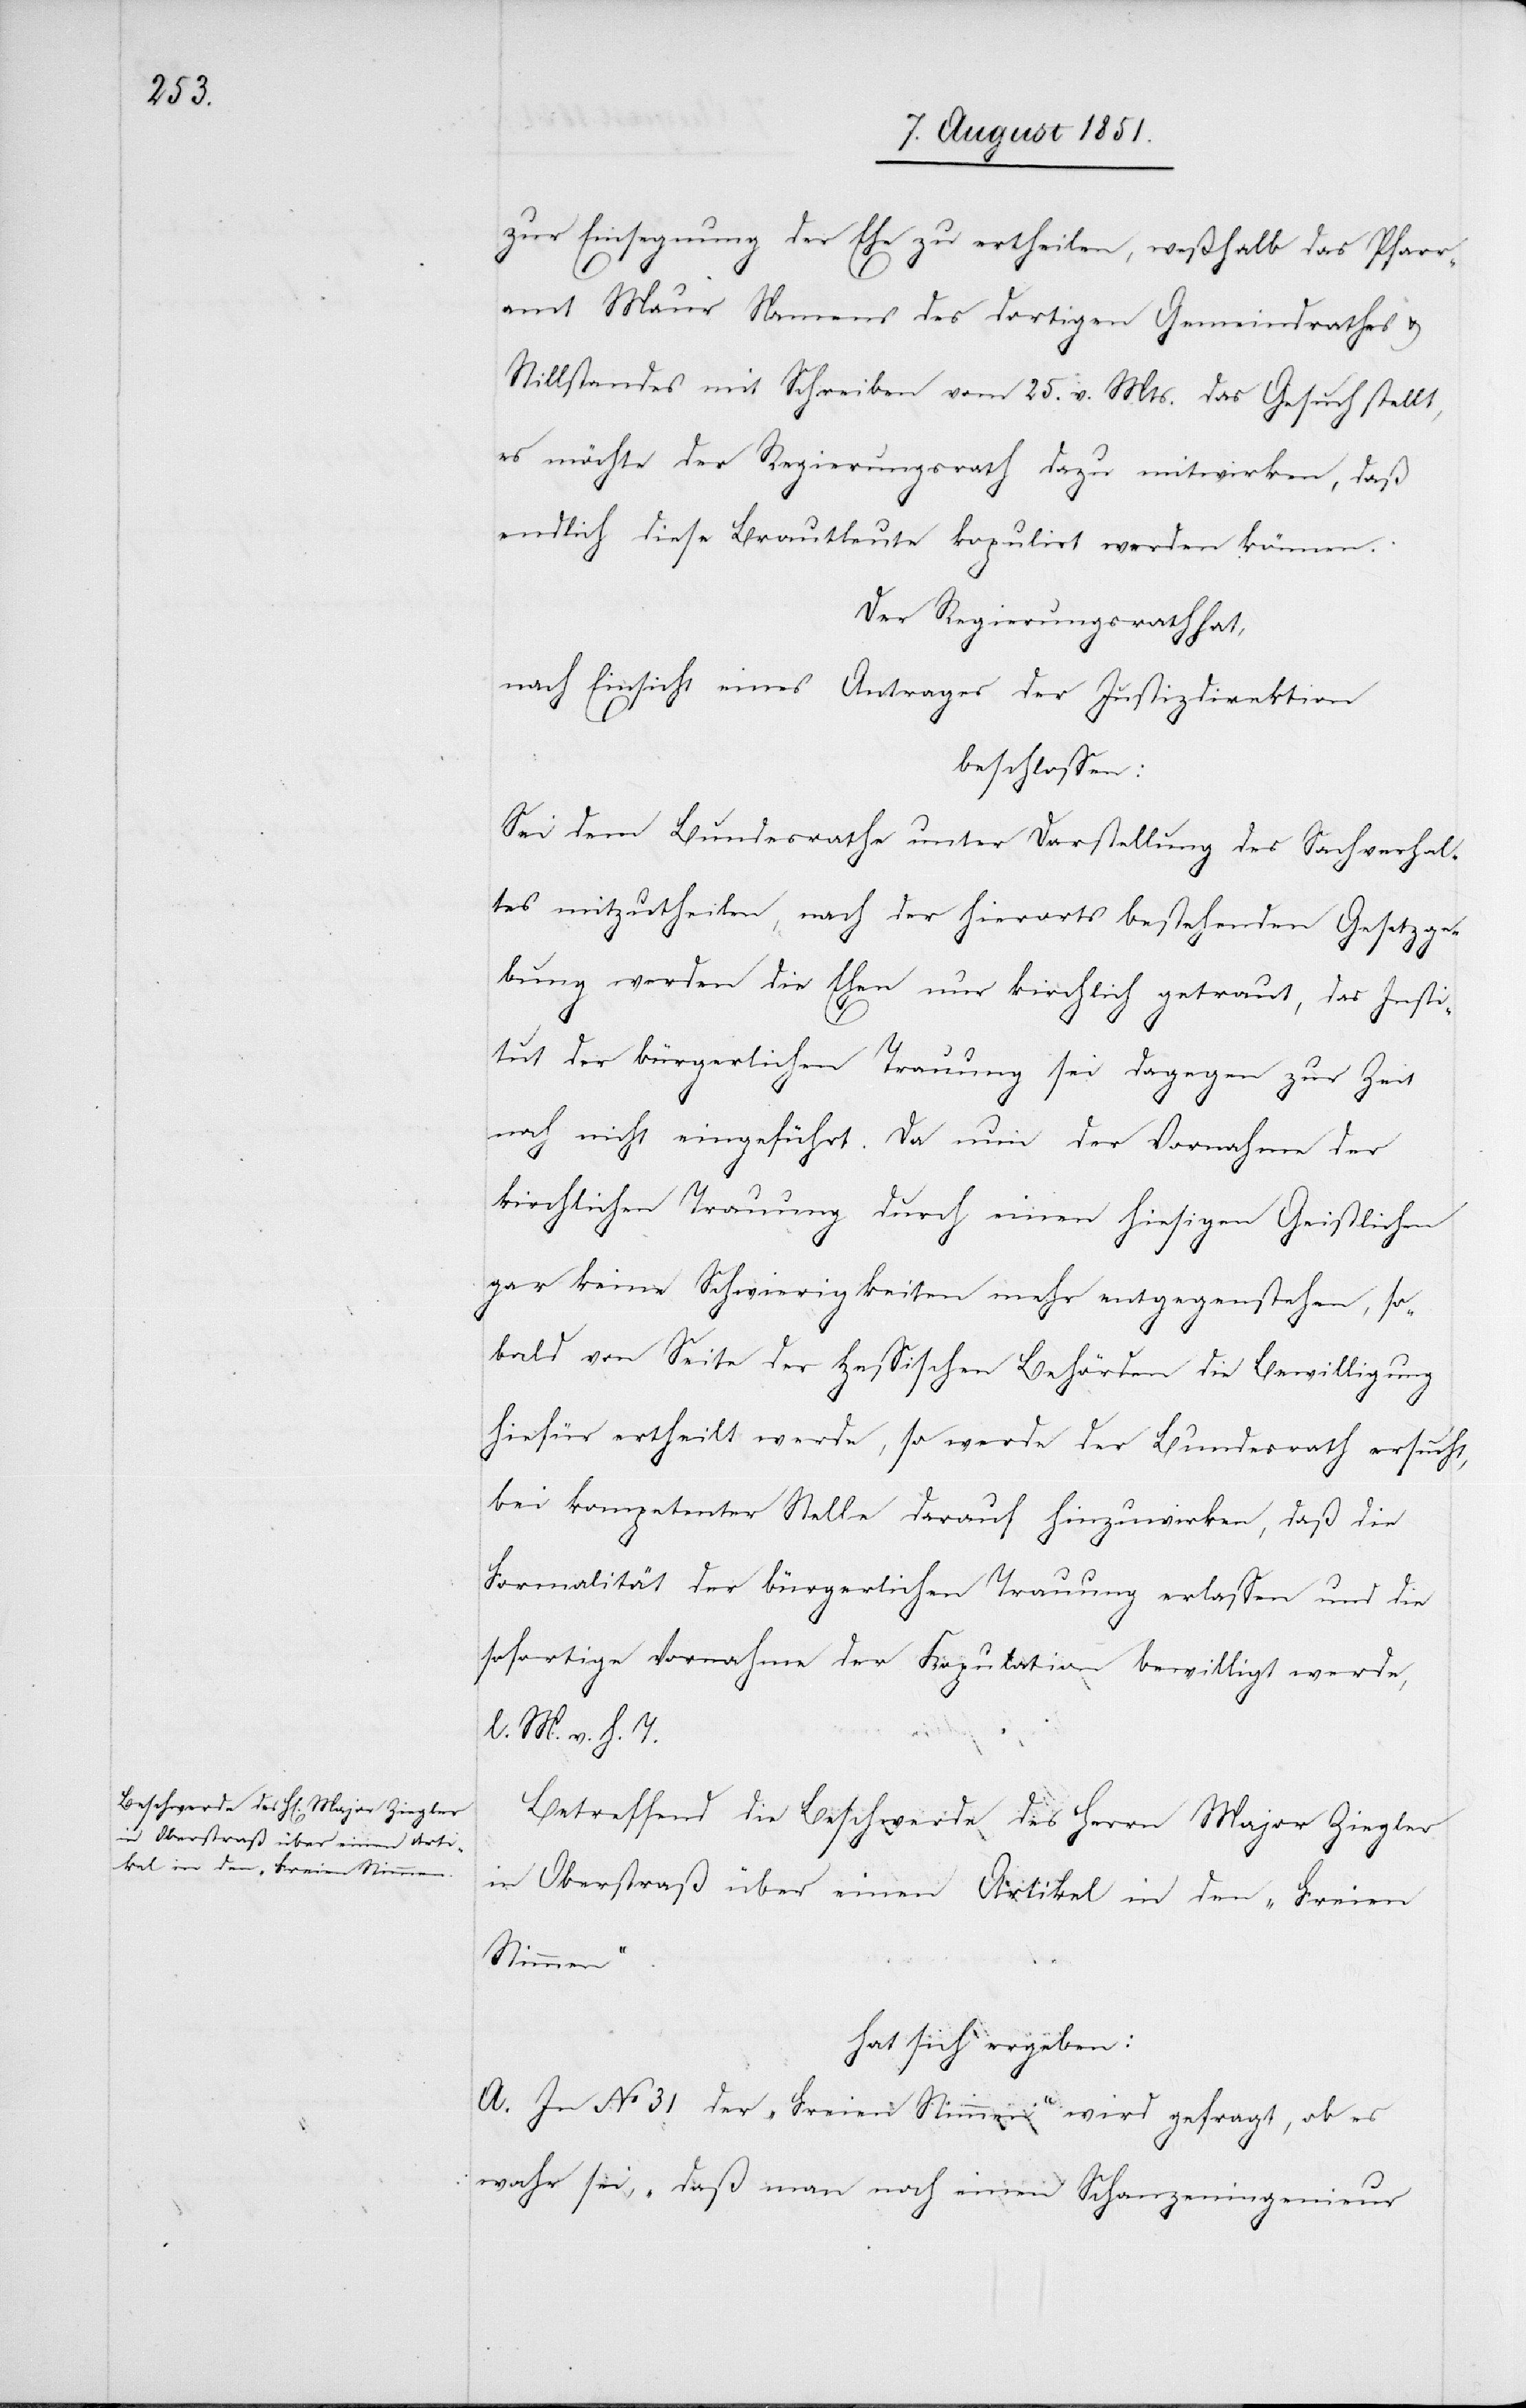
zur Einsegnung der Ehe zu ertheilen, weßhalb das Pfarr¬
amt Maur Namens des dortigen Gemeindrathes &
Stillstandes mit Schreiben vom 25. v. Mts. das Gesuch stellt,
es möchte der Regierungsrath dazu mitwirken, daß
endlich diese Brautleute kopulirt werden können.
Der Regierungsrath hat,
nach Einsicht eines Antrages der Justizdirektion
beschlossen:
Sei dem Bundesrathe unter Darstellung des Sachverhal¬
tes mitzutheilen, nach der hierorts bestehenden Gesetzge¬
bung werden die Ehen nur kirchlich getraut, das Insti¬
tut der bürgerlichen Trauung sei dagegen zur Zeit
noch nicht eingeführt. Da nun der Vornahme der
kirchlichen Trauung durch einen hiesigen Geistlichen
gar keine Schwierigkeiten mehr entgegenstehen, so¬
bald von Seite der Hessischen Behörden die Bewilligung
hiefür ertheilt werde, so werde der Bundesrath ersucht,
bei kompetenter Stelle darauf hinzuwirken, daß die
Formalität der bürgerlichen Trauung erlassen und die
sofortige Vornahme der Kopulation bewilligt werde,
l. M. v. h. T.
Betreffend die Beschwerde des Herrn Major Ziegler
in Oberstraß über einen Artikel in den „Freien
Stimmen“.
hat sich ergeben:
A. In No 31 der „Freien Stimmen“ wird gefragt, ob es
wahr sei, „daß man noch einen Schanzeningenieur